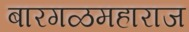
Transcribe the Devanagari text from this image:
बारगळमहाराज